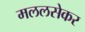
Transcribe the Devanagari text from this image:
मललसेकर